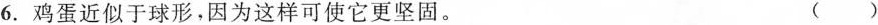
6.鸡蛋近似于球形。因为这样可使它更坚固。 ()